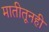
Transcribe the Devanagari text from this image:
मातीतूनही